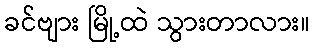
ခင်ဗျား မြို့ထဲ သွားတာလား။